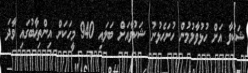
ޝަކުވާ އަށް ހުޅުވާލުމުން ހުށަހެޅުނު ޝަކުވާއަށް ބަލައި 940 މީހަކަށް އިންތިޚާބުގައި ވާދަ